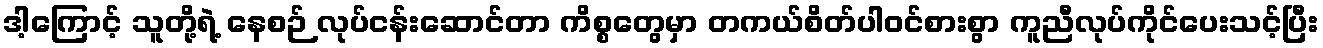
ဒါ့ကြောင့် သူတို့ရဲ့ နေစဉ် လုပ်ငန်းဆောင်တာ ကိစ္စတွေမှာ တကယ်စိတ်ပါဝင်စားစွာ ကူညီလုပ်ကိုင်ပေးသင့်ပြီး